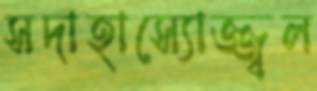
সদাহাস্যোজ্জ্বল